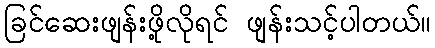
ခြင်ဆေးဖျန်းဖို့လိုရင် ဖျန်းသင့်ပါတယ်။